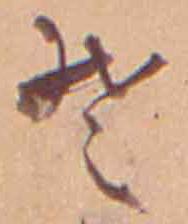
そ